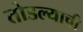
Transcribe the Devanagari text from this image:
तोडल्याची